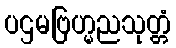
ပဌမဗြဟ္မညသုတ္တံ